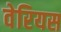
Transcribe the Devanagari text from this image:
वेरियस